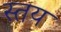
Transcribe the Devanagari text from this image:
स्तय